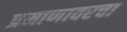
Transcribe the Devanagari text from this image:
प्रमाणावरचा